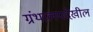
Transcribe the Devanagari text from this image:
ग्रंथालयदेखील